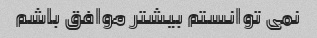
نمی توانستم بیشتر موافق باشم